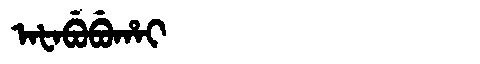
Manchu: ᠠᡶᠠᠪᡠᠪᡠᡥᠠᡳ
Romanization: AFABUBUHAI